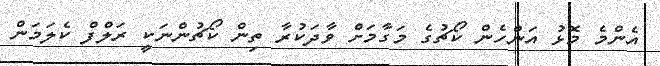
އެންމެ މޮޅު އަންހެން ކޯޗުގެ މަގާމަށް ވާދަކުރާ ތިން ކޯޗުންނަކީ ރަލްފް ކެލަމަން